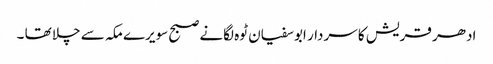
ادھر قریش کا سردار ابوسفیان ٹوہ لگانے صبح سویرے مکہ سے چلا تھا ۔